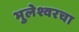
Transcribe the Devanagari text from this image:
भुलेश्वरचा